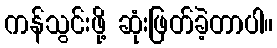
ကန်သွင်းဖို့ ဆုံးဖြတ်ခဲ့တာပါ။